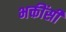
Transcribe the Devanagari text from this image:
भक्तींसी